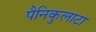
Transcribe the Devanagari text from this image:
पैनिकुलाटा